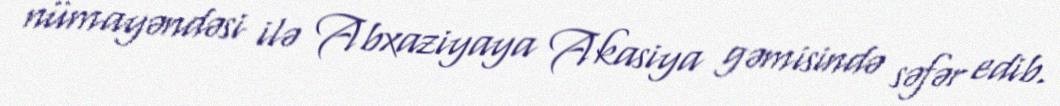
nümayəndəsi ilə Abxaziyaya Akasiya gəmisində səfər edib.